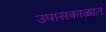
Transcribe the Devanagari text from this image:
उपासकाळात